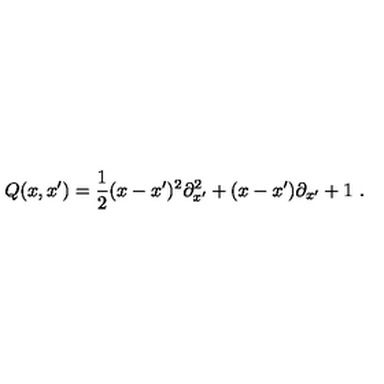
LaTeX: Q ( x , x ^ { \prime } ) = \frac { 1 } { 2 } ( x - x ^ { \prime } ) ^ { 2 } { \partial } _ { x ^ { \prime } } ^ { 2 } + ( x - x ^ { \prime } ) { \partial } _ { x ^ { \prime } } + 1 \ .